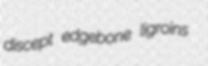
discept edgebone ligroins